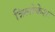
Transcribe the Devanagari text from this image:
त्रिलोकेशः